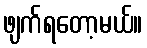
ဖျက်ရတော့မယ်။